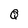
Character: Q